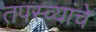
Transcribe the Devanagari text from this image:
तपस्व्यांचे